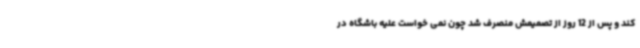
کند و پس از 12 روز از تصمیمش منصرف شد چون نمی خواست علیه باشگاه در